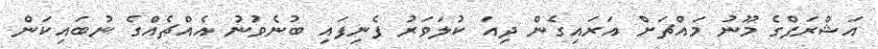
އަޝްރަފްގެ މޫނު މައްޗަށް އަރައިގެން ދިއަ ކުލަވަރު ފެނިފައި ބުނެވުނު އެއްޗެއްގެ ނުބައިކަން